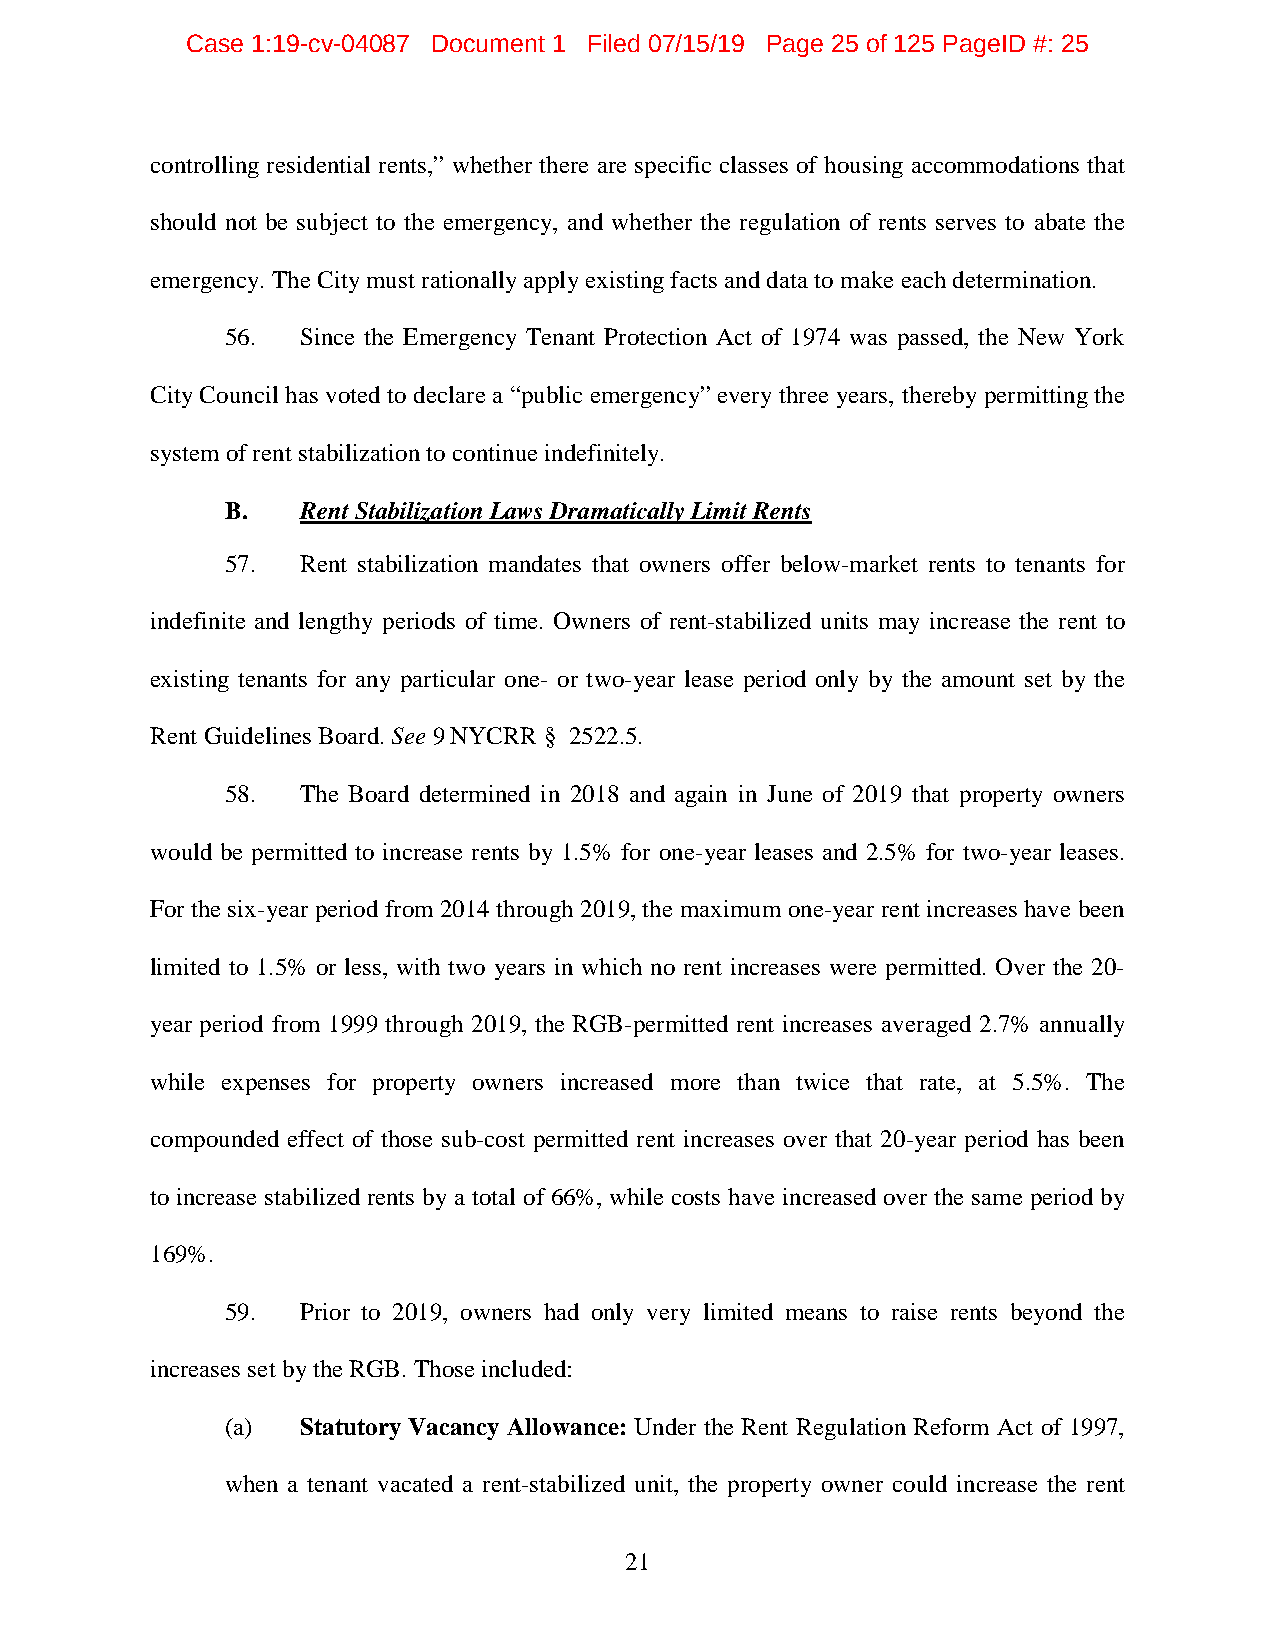
Case 1:19-cv-04087 Document 1 Filed 07/15/19 Page 25 of 125 PageID #: 25
 controlling residential rents,” whether there are specific classes of housing accommodations that
 should not be subject to the emergency, and whether the regulation of rents serves to abate the
 emergency. The City must rationally apply existing facts and data to make each determination.
 56.  Since the Emergency Tenant Protection Act of 1974 was passed, the New York
 City Council has voted to declare a “public emergency” every three years, thereby permitting the
 system of rent stabilization to continue indefinitely.
 B.   Rent Stabilization Laws Dramatically Limit Rents
 57.  Rent stabilization mandates that owners offer below-market rents to tenants for
 indefinite and lengthy periods of time. Owners of rent-stabilized units may increase the rent to
 existing tenants for any particular one- or two-year lease period only by the amount set by the
 Rent Guidelines Board. See 9 NYCRR § 2522.5.
 58.  The Board determined in 2018 and again in June of 2019 that property owners
 would be permitted to increase rents by 1.5% for one-year leases and 2.5% for two-year leases.
 For the six-year period from 2014 through 2019, the maximum one-year rent increases have been
 limited to 1.5% or less, with two years in which no rent increases were permitted. Over the 20-
 year period from 1999 through 2019, the RGB-permitted rent increases averaged 2.7% annually
 while expenses for property owners increased more than twice that rate, at 5.5%. The
 compounded effect of those sub-cost permitted rent increases over that 20-year period has been
 to increase stabilized rents by a total of 66%, while costs have increased over the same period by
 169%.
 59.  Prior to 2019, owners had only very limited means to raise rents beyond the
 increases set by the RGB. Those included:
 (a)  Statutory Vacancy Allowance: Under the Rent Regulation Reform Act of 1997,
 when a tenant vacated a rent-stabilized unit, the property owner could increase the rent
 21